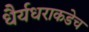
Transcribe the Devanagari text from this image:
धैर्यधराकडेच